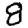
Digit: 8